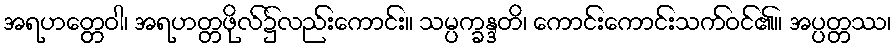
အရဟတ္တေဝါ၊ အရဟတ္တဖိုလ်၌လည်းကောင်း။ သမ္ပက္ခန္ဒတိ၊ ကောင်းကောင်းသက်ဝင်၏။ အပ္ပတ္တဿ၊